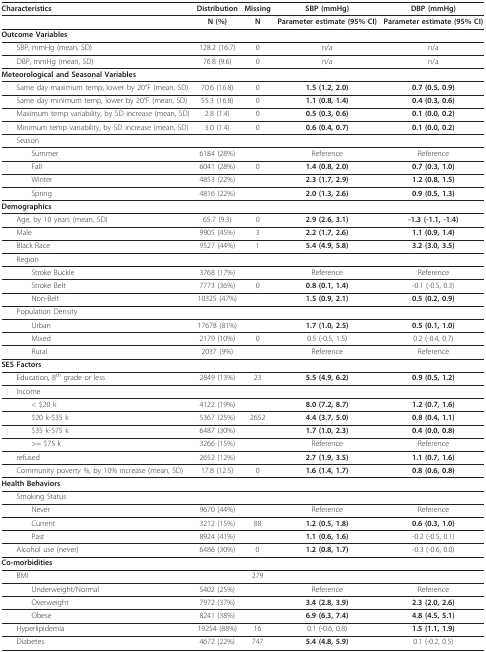
<table><thead><tr><td><b>Characteristics</b></td><td><b>Distribution</b></td><td><b>Missing</b></td><td><b>SBP (mmHg)</b></td><td><b>DBP (mmHg)</b></td></tr></thead><tbody><tr><td></td><td><b>N (%)</b></td><td><b>N</b></td><td><b>Parameter estimate (95% CI)</b></td><td><b>Parameter estimate (95% CI)</b></td></tr><tr><td><b>Outcome Variables</b></td><td></td><td></td><td></td><td></td></tr><tr><td> SBP, mmHg (mean, SD)</td><td>128.2 (16.7)</td><td>0</td><td>n/a</td><td>n/a</td></tr><tr><td> DBP, mmHg (mean, SD)</td><td>76.8 (9.6)</td><td>0</td><td>n/a</td><td>n/a</td></tr><tr><td><b>Meteorological and Seasonal Variables</b></td><td></td><td></td><td></td><td></td></tr><tr><td> Same day maximum temp, lower by 20°F (mean, SD)</td><td>70.6 (16.8)</td><td>0</td><td><b>1.5 (1.2, 2.0)</b></td><td><b>0.7 (0.5, 0.9)</b></td></tr><tr><td> Same day minimum temp, lower by 20°F (mean, SD)</td><td>55.3 (16.8)</td><td>0</td><td><b>1.1 (0.8, 1.4)</b></td><td><b>0.4 (0.3, 0.6)</b></td></tr><tr><td> Maximum temp variability, by SD increase (mean, SD)</td><td>2.8 (1.4)</td><td>0</td><td><b>0.5 (0.3, 0.6)</b></td><td><b>0.1 (0.0, 0.2)</b></td></tr><tr><td> Minimum temp variability, by SD increase (mean, SD)</td><td>3.0 (1.4)</td><td>0</td><td><b>0.6 (0.4, 0.7)</b></td><td><b>0.1 (0.0, 0.2)</b></td></tr><tr><td> Season</td><td></td><td></td><td></td><td></td></tr><tr><td>Summer</td><td>6184 (28%)</td><td></td><td>Reference</td><td>Reference</td></tr><tr><td>Fall</td><td>6041 (28%)</td><td>0</td><td><b>1.4 (0.8, 2.0)</b></td><td><b>0.7 (0.3, 1.0)</b></td></tr><tr><td>Winter</td><td>4853 (22%)</td><td></td><td><b>2.3 (1.7, 2.9)</b></td><td><b>1.2 (0.8, 1.5)</b></td></tr><tr><td>Spring</td><td>4816 (22%)</td><td></td><td><b>2.0 (1.3, 2.6)</b></td><td><b>0.9 (0.5, 1.3)</b></td></tr><tr><td><b>Demographics</b></td><td></td><td></td><td></td><td></td></tr><tr><td> Age, by 10 years (mean, SD)</td><td>65.7 (9.3)</td><td>0</td><td><b>2.9 (2.6, 3.1)</b></td><td><b>-1.3 (-1.1, -1.4)</b></td></tr><tr><td> Male</td><td>9905 (45%)</td><td>3</td><td><b>2.2 (1.7, 2.6)</b></td><td><b>1.1 (0.9, 1.4)</b></td></tr><tr><td> Black Race</td><td>9527 (44%)</td><td>1</td><td><b>5.4 (4.9, 5.8)</b></td><td><b>3.2 (3.0, 3.5)</b></td></tr><tr><td> Region</td><td></td><td></td><td></td><td></td></tr><tr><td>Stroke Buckle</td><td>3768 (17%)</td><td></td><td>Reference</td><td>Reference</td></tr><tr><td>Stroke Belt</td><td>7773 (36%)</td><td>0</td><td><b>0.8 (0.1, 1.4)</b></td><td>-0.1 (-0.5, 0.3)</td></tr><tr><td>Non-Belt</td><td>10325 (47%)</td><td></td><td><b>1.5 (0.9, 2.1)</b></td><td><b>0.5 (0.2, 0.9)</b></td></tr><tr><td> Population Density</td><td></td><td></td><td></td><td></td></tr><tr><td>Urban</td><td>17678 (81%)</td><td></td><td><b>1.7 (1.0, 2.5)</b></td><td><b>0.5 (0.1, 1.0)</b></td></tr><tr><td>Mixed</td><td>2179 (10%)</td><td>0</td><td>0.5 (-0.5, 1.5)</td><td>0.2 (-0.4, 0.7)</td></tr><tr><td>Rural</td><td>2037 (9%)</td><td></td><td>Reference</td><td>Reference</td></tr><tr><td><b>SES Factors</b></td><td></td><td></td><td></td><td></td></tr><tr><td> Education, 8<sup>th </sup>grade or less</td><td>2849 (13%)</td><td>23</td><td><b>5.5 (4.9, 6.2)</b></td><td><b>0.9 (0.5, 1.2)</b></td></tr><tr><td> Income</td><td></td><td></td><td></td><td></td></tr><tr><td>&lt; $20 k</td><td>4122 (19%)</td><td></td><td><b>8.0 (7.2, 8.7)</b></td><td><b>1.2 (0.7, 1.6)</b></td></tr><tr><td>$20 k-$35 k</td><td>5367 (25%)</td><td>2652</td><td><b>4.4 (3.7, 5.0)</b></td><td><b>0.8 (0.4, 1.1)</b></td></tr><tr><td>$35 k-$75 k</td><td>6487 (30%)</td><td></td><td><b>1.7 (1.0, 2.3)</b></td><td><b>0.4 (0.0, 0.8)</b></td></tr><tr><td>&gt;= $75 k</td><td>3266 (15%)</td><td></td><td>Reference</td><td>Reference</td></tr><tr><td> refused</td><td>2652 (12%)</td><td></td><td><b>2.7 (1.9, 3.5)</b></td><td><b>1.1 (0.7, 1.6)</b></td></tr><tr><td> Community poverty %, by 10% increase (mean, SD)</td><td>17.8 (12.5)</td><td>0</td><td><b>1.6 (1.4, 1.7)</b></td><td><b>0.8 (0.6, 0.8)</b></td></tr><tr><td><b>Health Behaviors</b></td><td></td><td></td><td></td><td></td></tr><tr><td> Smoking Status</td><td></td><td></td><td></td><td></td></tr><tr><td>Never</td><td>9670 (44%)</td><td></td><td>Reference</td><td>Reference</td></tr><tr><td>Current</td><td>3212 (15%)</td><td>88</td><td><b>1.2 (0.5, 1.8)</b></td><td><b>0.6 (0.3, 1.0)</b></td></tr><tr><td>Past</td><td>8924 (41%)</td><td></td><td><b>1.1 (0.6, 1.6)</b></td><td>-0.2 (-0.5, 0.1)</td></tr><tr><td> Alcohol use (never)</td><td>6486 (30%)</td><td>0</td><td><b>1.2 (0.8, 1.7)</b></td><td>-0.3 (-0.6, 0.0)</td></tr><tr><td><b>Co-morbidities</b></td><td></td><td></td><td></td><td></td></tr><tr><td> BMI</td><td></td><td>279</td><td></td><td></td></tr><tr><td>Underweight/Normal</td><td>5402 (25%)</td><td></td><td>Reference</td><td>Reference</td></tr><tr><td>Overweight</td><td>7972 (37%)</td><td></td><td><b>3.4 (2.8, 3.9)</b></td><td><b>2.3 (2.0, 2.6)</b></td></tr><tr><td>Obese</td><td>8241 (38%)</td><td></td><td><b>6.9 (6.3, 7.4)</b></td><td><b>4.8 (4.5, 5.1)</b></td></tr><tr><td> Hyperlipidemia</td><td>19254 (88%)</td><td>16</td><td>0.1 (-0.6, 0.8)</td><td><b>1.5 (1.1, 1.9)</b></td></tr><tr><td> Diabetes</td><td>4672 (22%)</td><td>747</td><td><b>5.4 (4.8, 5.9)</b></td><td>0.1 (-0.2, 0.5)</td></tr></tbody></table>